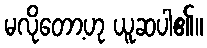
မလိုတော့ဟု ယူဆပါ၏။